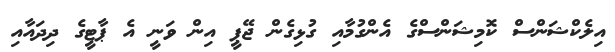
އިލެކްޝަންސް ކޮމިޝަންސްގެ އެންގުމާއި ގުޅިގެން ޖޭޕީ އިން ވަނީ އެ ޕާޓީގެ ދިދައާއި